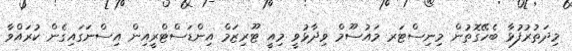
މިދަތުރުފުޅާ ބެހޭގޮތުން މިނިސްޓަރ މައުސޫމް ވިދާޅުވީ މިއީ ޓޫރިޒަމް އިންޑަސްޓްރީއިން އިސްނަގައިގެން ކުރައްވާ